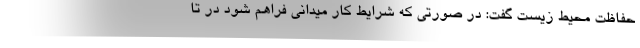
حفاظت محیط زیست گفت: در صورتی که شرایط کار میدانی فراهم شود در تا